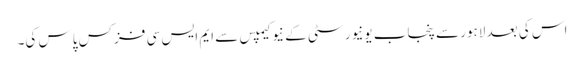
اس کی بعد لاہور سے پنجاب یونیورسٹی کے نیو کیمپس سے ایم ایس سی فزکس پاس کی۔